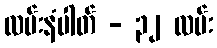
လမ်းနံပါတ် - ၃၂ လမ်း